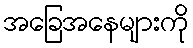
အခြေအနေများကို